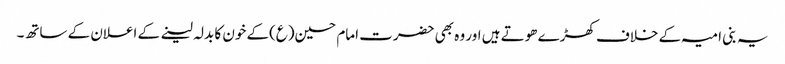
یہ بنی امیہ کے خلاف کھڑے ھوتے ہیں اور وہ بھی حضرت امام حسین(ع)کے خون کا بدلہ لینے کے اعلان کے ساتھ۔